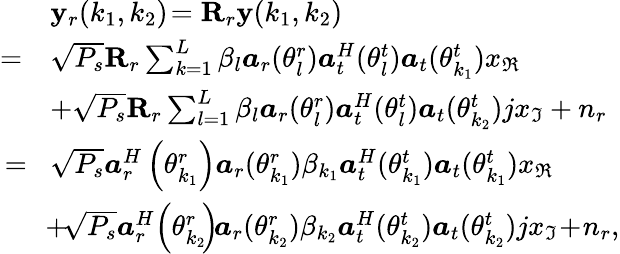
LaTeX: \begin{array}{rl}&{\mathbf{y}_{r}(k_{1},k_{2})\! =\mathbf{R}_{r}\mathbf{y}(k_{1},k_{2})}\\ {=}&{\sqrt{P_{s}}\mathbf{R}_{r}\sum_{k=1}^{L}\beta_{l}\boldsymbol{a}_{r}(\theta_{l}^{r})\boldsymbol{a}_{t}^{H}(\theta_{l}^{t})\boldsymbol{a}_{t}(\theta_{k_{1}}^{t})x_{\Re}}\\ &{+\sqrt{P_{s}}\mathbf{R}_{r}\sum_{l=1}^{L}\beta_{l}\boldsymbol{a}_{r}(\theta_{l}^{r})\boldsymbol{a}_{t}^{H}(\theta_{l}^{t})\boldsymbol{a}_{t}(\theta_{k_{2}}^{t})jx_{\Im}+{n}_{r}}\\ {\! =\! }&{\sqrt{P_{s}}\boldsymbol{a}_{{r}}^{{H}}\left(\theta_{k_{1}}^{r}\right)\boldsymbol{a}_{r}(\theta_{k_{1}}^{r})\beta_{k_{1}}\boldsymbol{a}_{t}^{H}(\theta_{k_{1}}^{t})\boldsymbol{a}_{t}(\theta_{k_{1}}^{t})x_{\Re}}\\ &{\! +\! \sqrt{P_{s}}\boldsymbol{a}_{{r}}^{{H}}\! \left(\theta_{k_{2}}^{r}\! \right)\! \boldsymbol{a}_{r}(\theta_{k_{2}}^{r})\beta_{k_{2}}\boldsymbol{a}_{t}^{H}(\theta_{k_{2}}^{t})\boldsymbol{a}_{t}(\theta_{k_{2}}^{t})jx_{\Im}\! +\! {n}_{r},}\end{array}